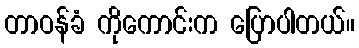
တာဝန်ခံ ကိုကောင်းက ပြောပါတယ်။